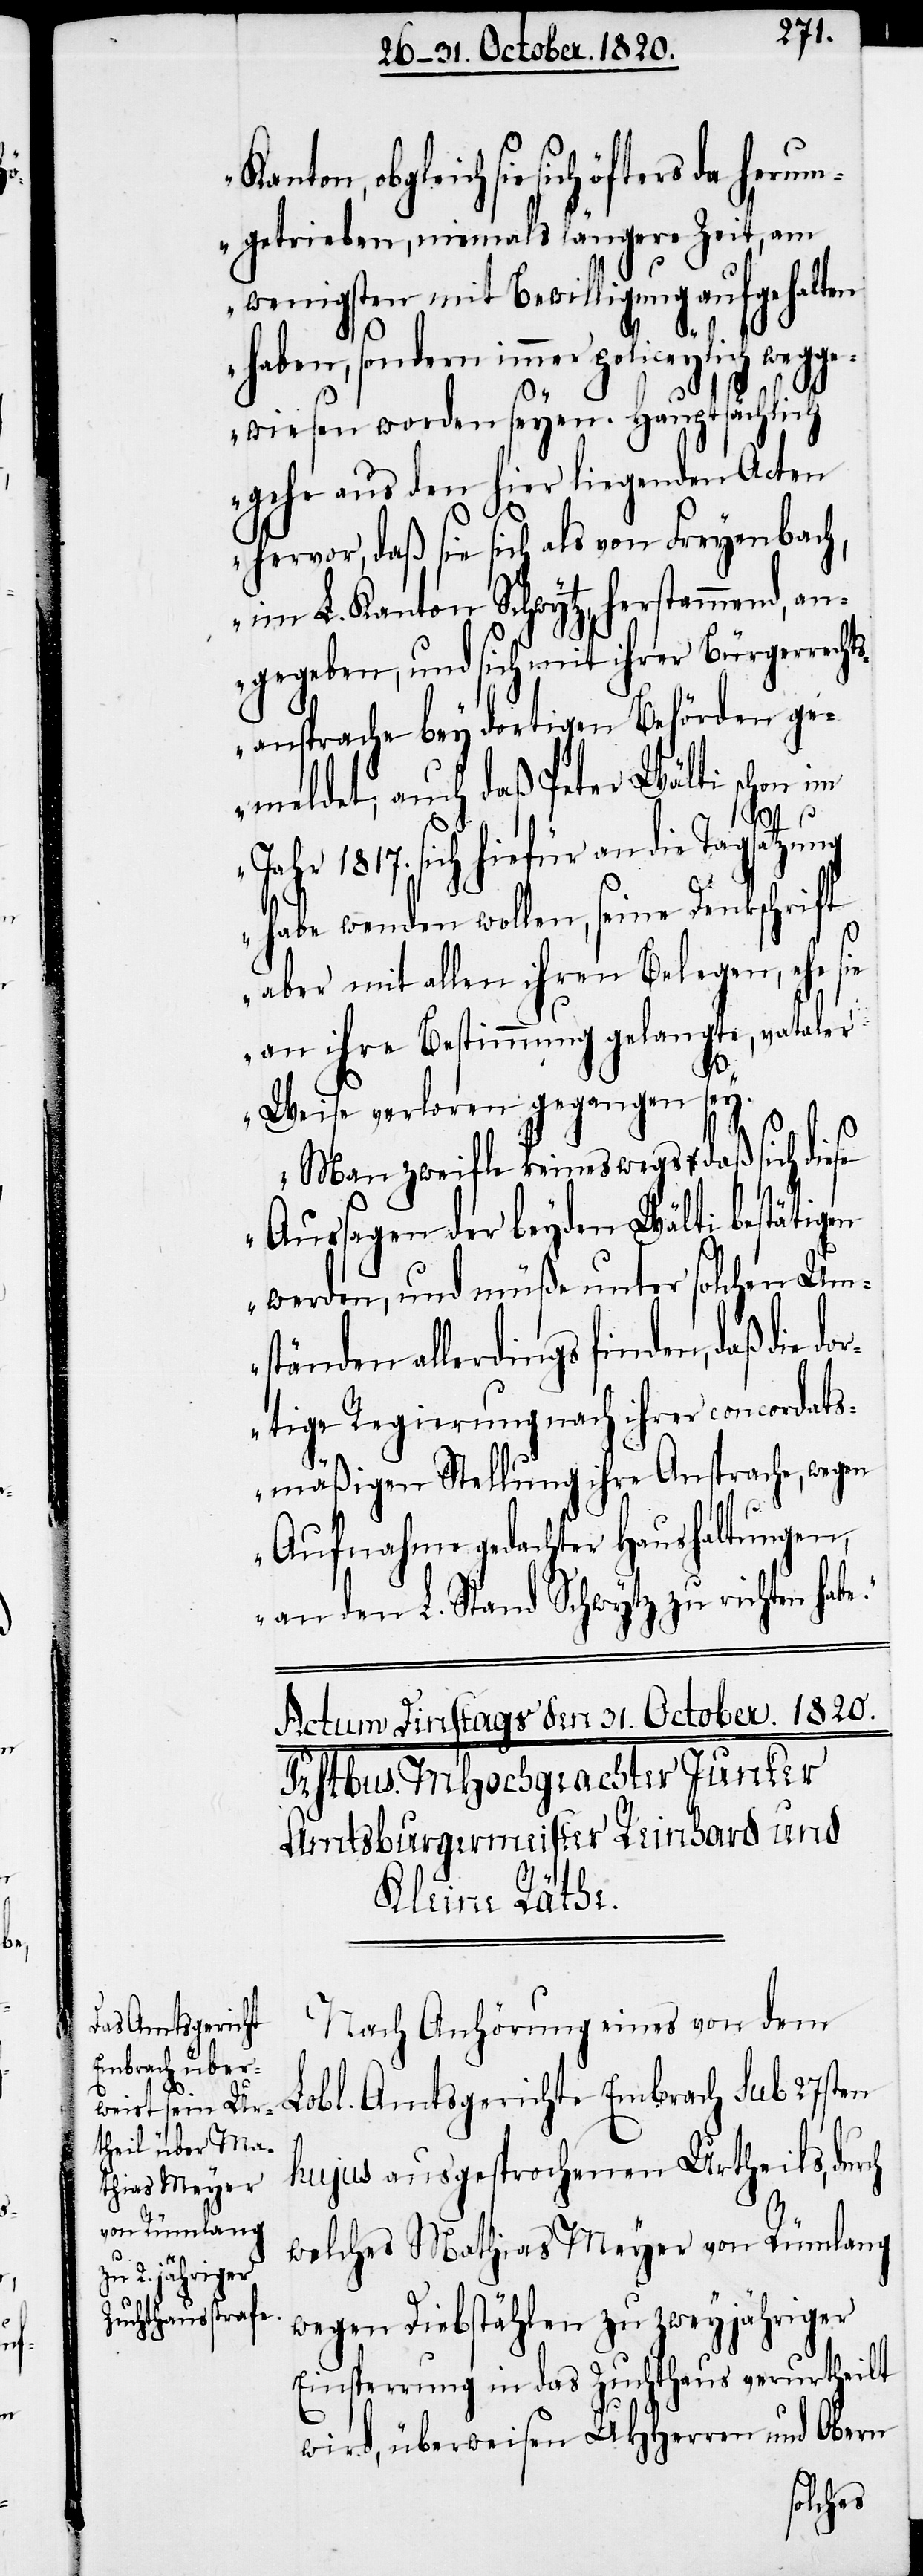
obgleich sie sich öfters da herum¬
getrieben, niemals längere Zeit, am
wenigsten mit Bewilligung aufgehalten
haben, sondern immer policeylich weg¬
gewiesen worden seyen. Hauptsächlich
gehe aus den hier liegenden Acten
hervor, daß sie sich als von Freyenbach,
im L. Kanton Schwytz, herstammend, an¬
gegeben, und sich mit ihrer Bürgerrecht¬
sansprache bey dortigen Behörden ge¬
meldet; auch daß Peter Wälti schon im
e“.
Jahr 1817. sich hiefür an die Tagsatzung
habe wenden wollen, seine Dankschrift
aber mit allen ihrem Belegen, ehe sie
an ihre Bestimmung gelangte, vataler
Weise verloren gegangen sey.
Man zweifel keineswegs daß sich die¬
Aussagen der beyden Wälti bestätigen
ie
werden, und müßte unter solchen Um¬
ständen allerdings finden, daß d¬
rtige Regierung nach ihrer concordats¬
mäßigen Stellung ihre Ansprache, wegen
Aufnahme gedachter Haushaltungen,
an den L. Stand Schwytz zu richten hab¬
Nach Anhörung eines von dem
Lobl. Amtsgerichte Embrach sub 27sten
hujus ausgesprochenen Urtheils, durch
welches Mathias Meyer von Rümlang
wegen Diebstählen zu zweyjähriger
Einsperrung in das Zuchthaus verurtheilt
wird, überweisen UHherren und Obern